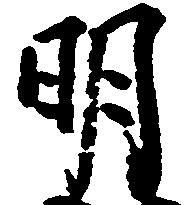
明